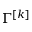
\Gamma ^ { [ k ] }